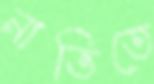
নাভিতে